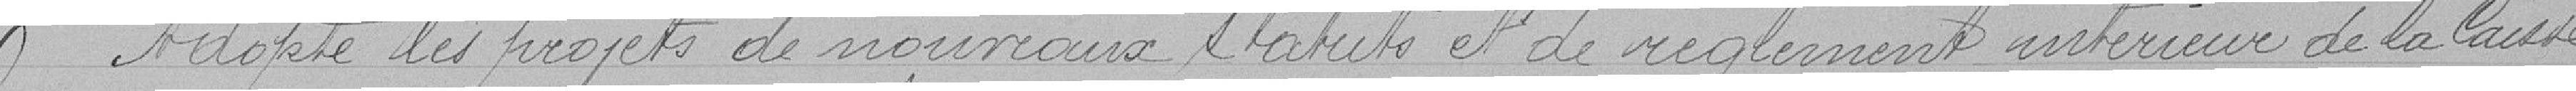
Adopte les projets de nouveaux statuts et de règlements intérieur de la Caisse